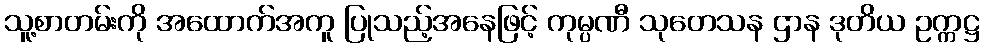
သူ့စာတမ်းကို အထောက်အကူ ပြုသည့်အနေဖြင့် ကုမ္ပဏီ သုတေသန ဌာန ဒုတိယ ဥက္ကဋ္ဌ